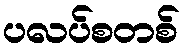
ပလပ်စတစ်